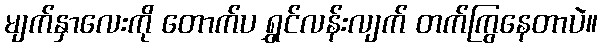
မျက်နှာလေးကို တောက်ပ ရွှင်လန်းလျက် တက်ကြွနေတာပဲ။